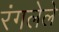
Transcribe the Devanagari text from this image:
रंगलेले